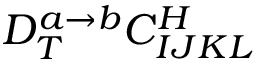
D _ { T } ^ { a \rightarrow b } C _ { I J K L } ^ { H }